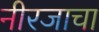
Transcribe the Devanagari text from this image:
नीरजाचा